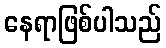
နေရာဖြစ်ပါသည်